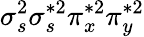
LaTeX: \sigma_{s}^{2}\sigma_{s}^{*2}\pi_{x}^{*2}\pi_{y}^{*2}